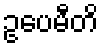
ဥပေမီတိ